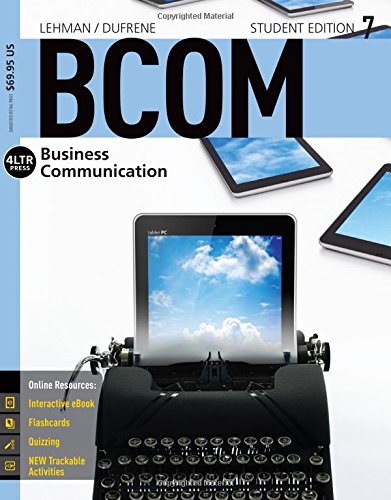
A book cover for BCOM 7 (with CourseMate, 1 term (6 months) Printed Access Card) (New, Engaging Titles from 4LTR Press); Carol M. Lehman; Business & Money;